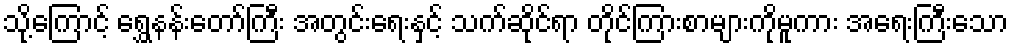
သို့ကြောင့် ရွှေနန်းတော်ကြီး အတွင်းရေးနှင့် သက်ဆိုင်ရာ တိုင်ကြားစာများကိုမူကား အရေးကြီးသော